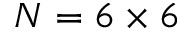
N = 6 \times 6